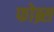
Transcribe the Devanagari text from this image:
फोब्र्स